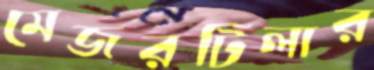
মেজরটিলার